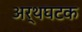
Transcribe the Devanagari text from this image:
अर्थघटक